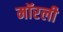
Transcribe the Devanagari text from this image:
मॉरली